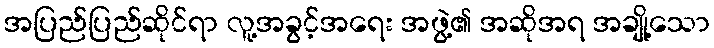
အပြည်ပြည်ဆိုင်ရာ လူ့အခွင့်အရေး အဖွဲ့၏ အဆိုအရ အချို့သော